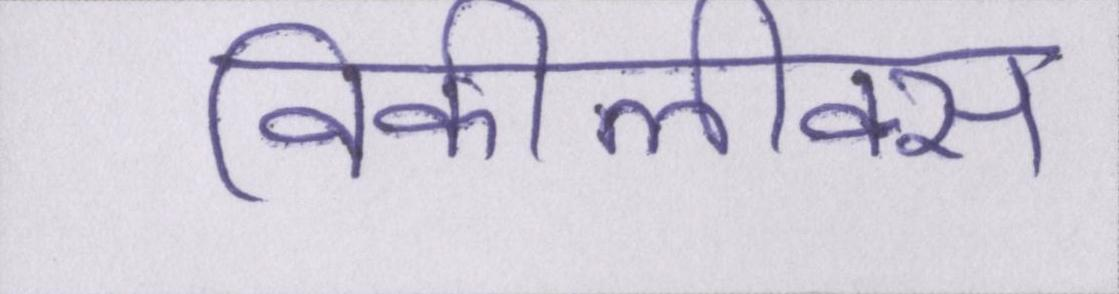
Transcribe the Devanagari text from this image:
विकीलीक्स